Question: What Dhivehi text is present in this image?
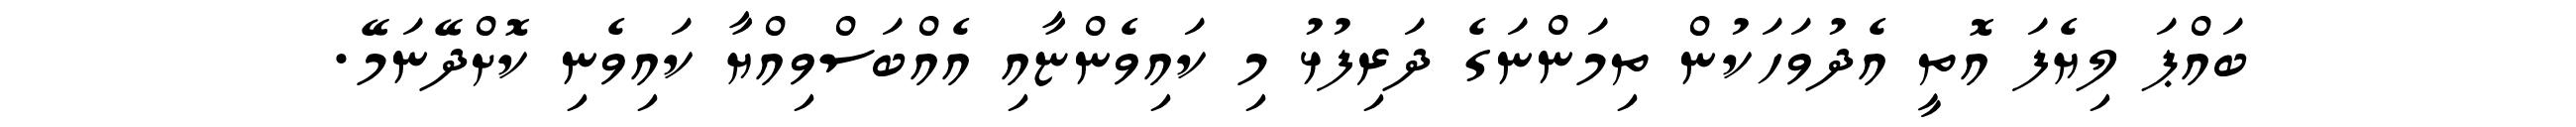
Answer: ބައްޕަ ލިޔެފަ އޮތީ އެދުވަހަކުން ތިމަންނަގެ ދަރިފުޅު މި ކައިވެންޏާއި އެއްބަސްވިއްޔާ ކައިވެނި ކޮށްދޭނަމޭ.